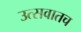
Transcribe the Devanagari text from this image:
उत्सवातच